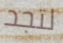
لتجد